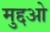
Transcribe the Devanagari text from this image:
मुद्दओ